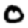
Digit: 0